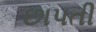
છાપતી